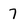
Character: 7